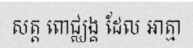
សត្ត ពោជ្ឈង្គ ដែល អាត្មា